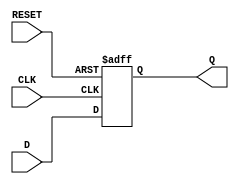
module d_ff_sync_reset(
    input wire D,
    input wire CLK,
    input wire RESET,
    output reg Q
);

always @(posedge CLK or posedge RESET)
begin
    if (RESET)
        Q <= 1'b0;
    else
        Q <= D;
end

endmodule